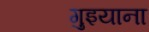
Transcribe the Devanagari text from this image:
गुइयाना